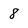
Character: 8